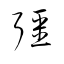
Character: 疆